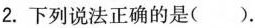
2.下列说法正确的是().